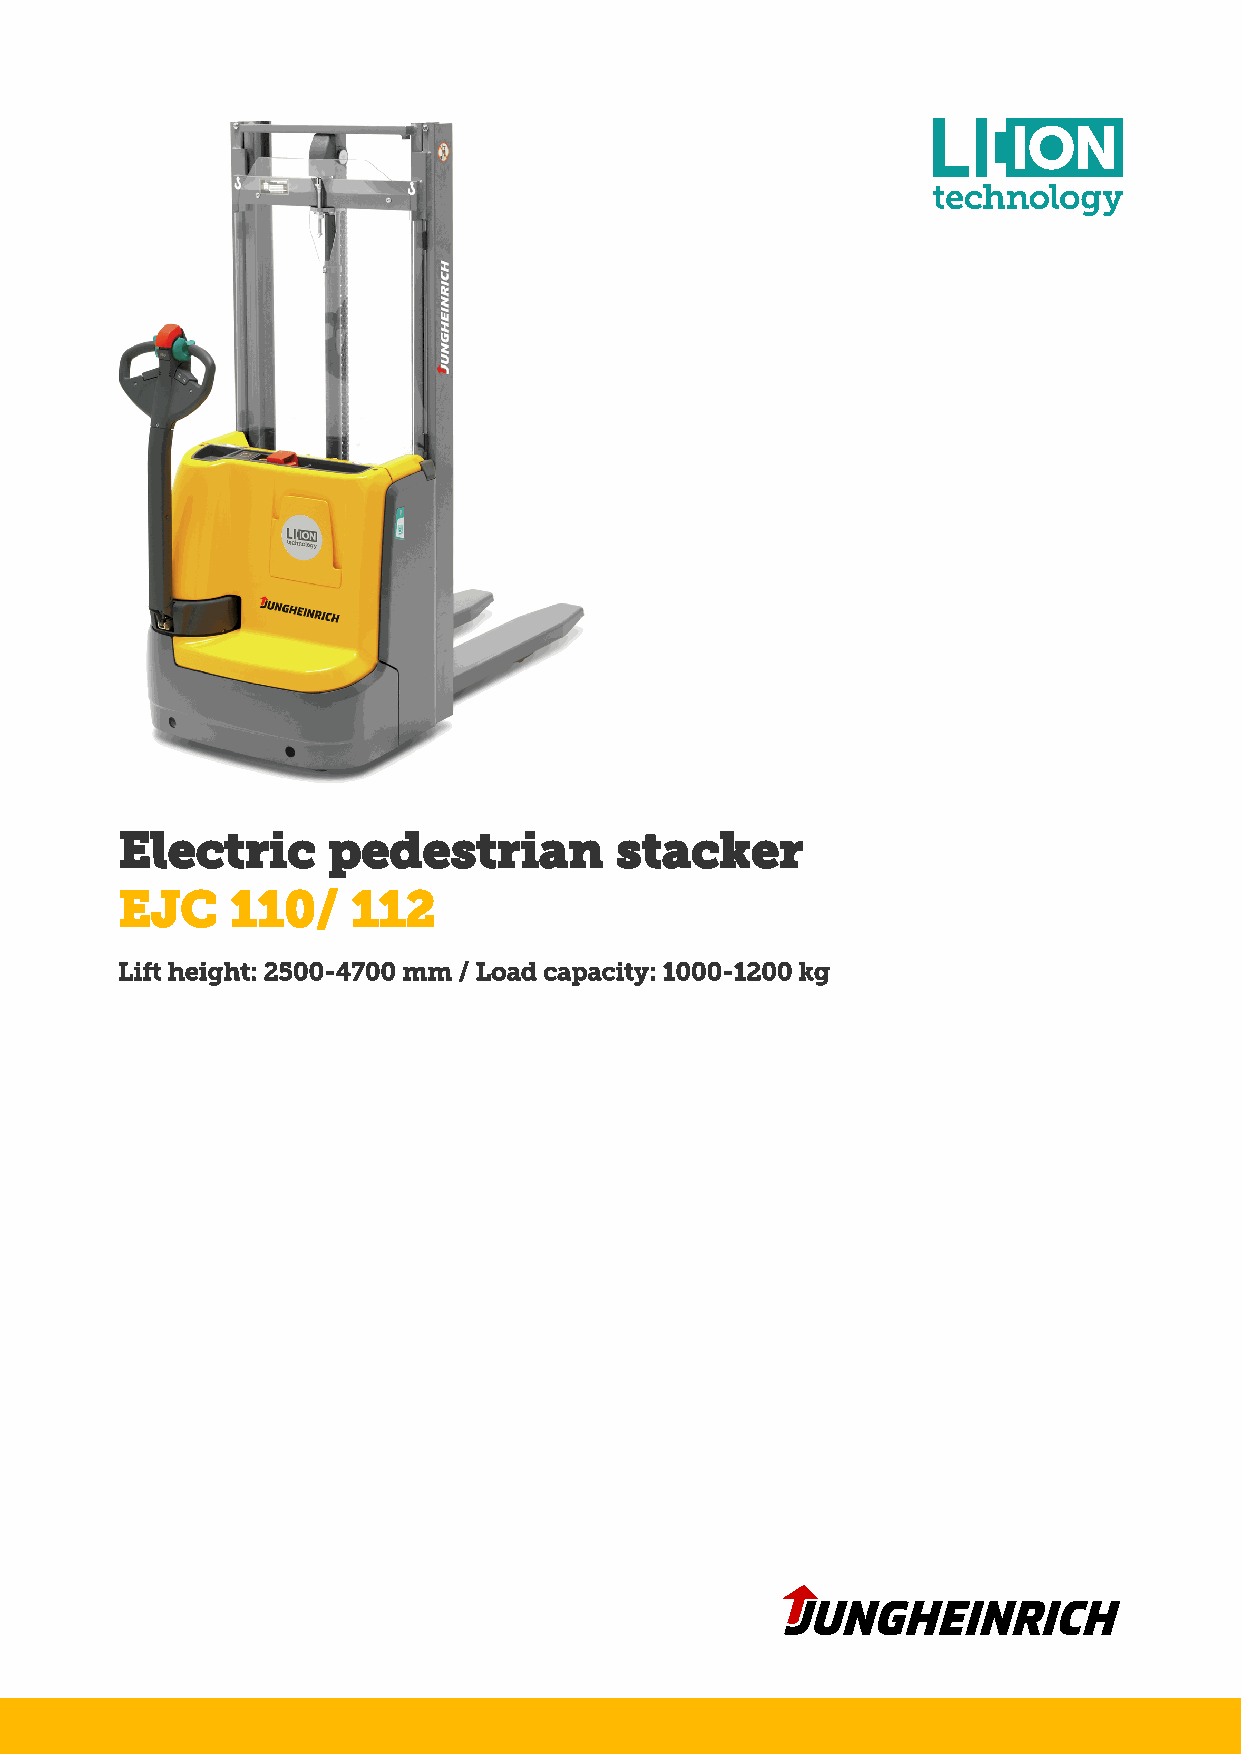
Electric      pedestrian         stacker
 EJC    110/    112
 Lift height: 2500-4700 mm / Load capacity: 1000-1200 kg